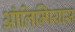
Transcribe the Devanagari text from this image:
ऑलिम्पियास